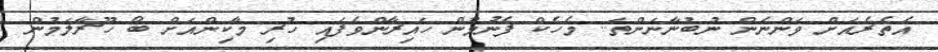
އެތެރެއަށް ވަންނަން ނުބުނާނަންތަ.. މެހެކް ފެނުމުން ހައިރާންވެފައި ހުރި މާކިންއަށް ބޯ ހޫރާލަމުން